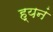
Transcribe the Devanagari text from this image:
ह्यनं